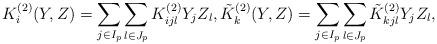
LaTeX: \begin{align*} { K}^{(2)}_i(Y,Z)= \sum_{j \in I_p} \sum_{l \in J_p} K_{ijl}^{(2)} Y_{j} Z_{l}, \tilde { K}_k^{(2)}(Y,Z)= \sum_{j \in I_p} \sum_{l \in J_p} \tilde K_{kjl}^{(2)} Y_{j} Z_{l},\end{align*}